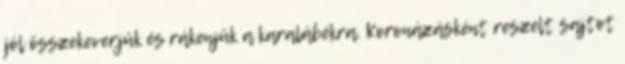
jól összekeverjük és rákenjük a karalábékra. Koronázásként reszelt sajtot